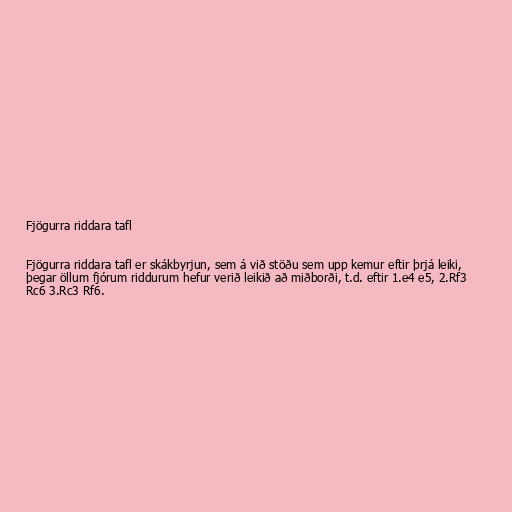
Fjögurra riddara tafl

Fjögurra riddara tafl er skákbyrjun, sem á við stöðu sem upp kemur eftir þrjá leiki,
þegar öllum fjórum riddurum hefur verið leikið að miðborði, t.d. eftir 1.e4 e5, 2.Rf3
Rc6 3.Rc3 Rf6.